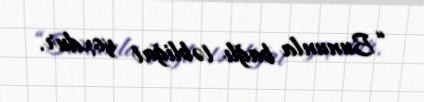
“Bununla bağlı təbliğat yoxdur.